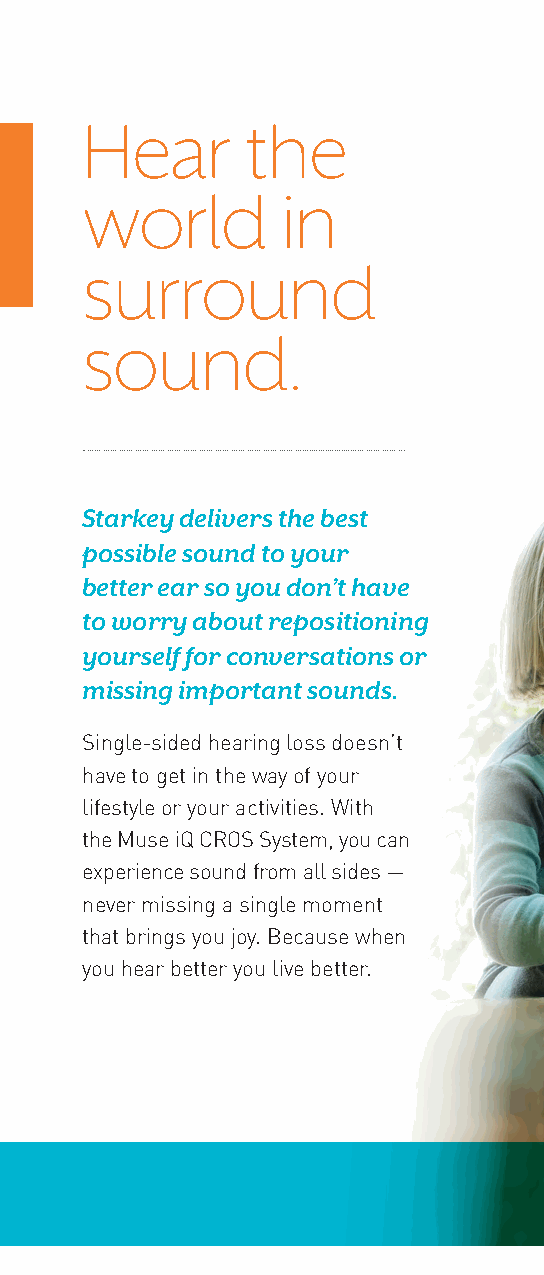
Hear       the
 world         in
 surround
 sound.
 Starkey delivers the best
 possible sound to your
 better ear so you don’t have
 to worry about repositioning
 yourself for conversations or
 missing important sounds.
 Single-sided hearing loss doesn’t
 have to get in the way of your
 lifestyle or your activities. With
 the Muse iQ CROS System, you can
 experience sound from all sides —
 never missing a single moment
 that brings you joy. Because when
 you hear better you live better.